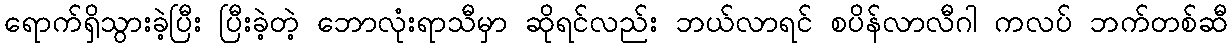
ရောက်ရှိသွားခဲ့ပြီး ပြီးခဲ့တဲ့ ဘောလုံးရာသီမှာ ဆိုရင်လည်း ဘယ်လာရင် စပိန်လာလီဂါ ကလပ် ဘက်တစ်ဆီ